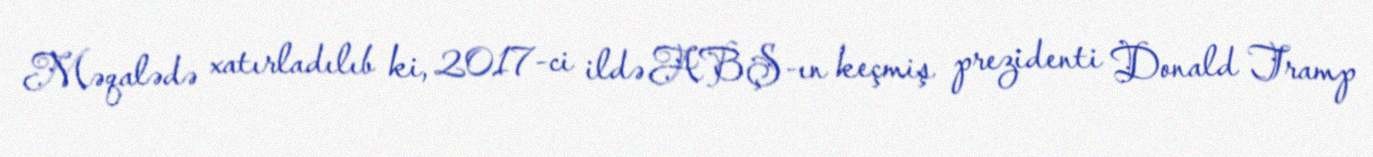
Məqalədə xatırladılıb ki, 2017-ci ildə ABŞ-ın keçmiş prezidenti Donald Tramp